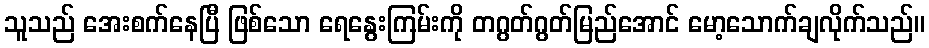
သူသည် အေးစက်နေပြီ ဖြစ်သော ရေနွေးကြမ်းကို တဂွတ်ဂွတ်မြည်အောင် မော့သောက်ချလိုက်သည်။